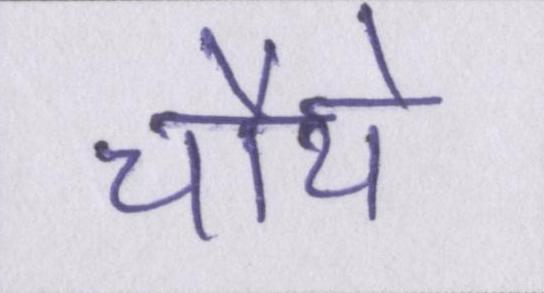
चौथे